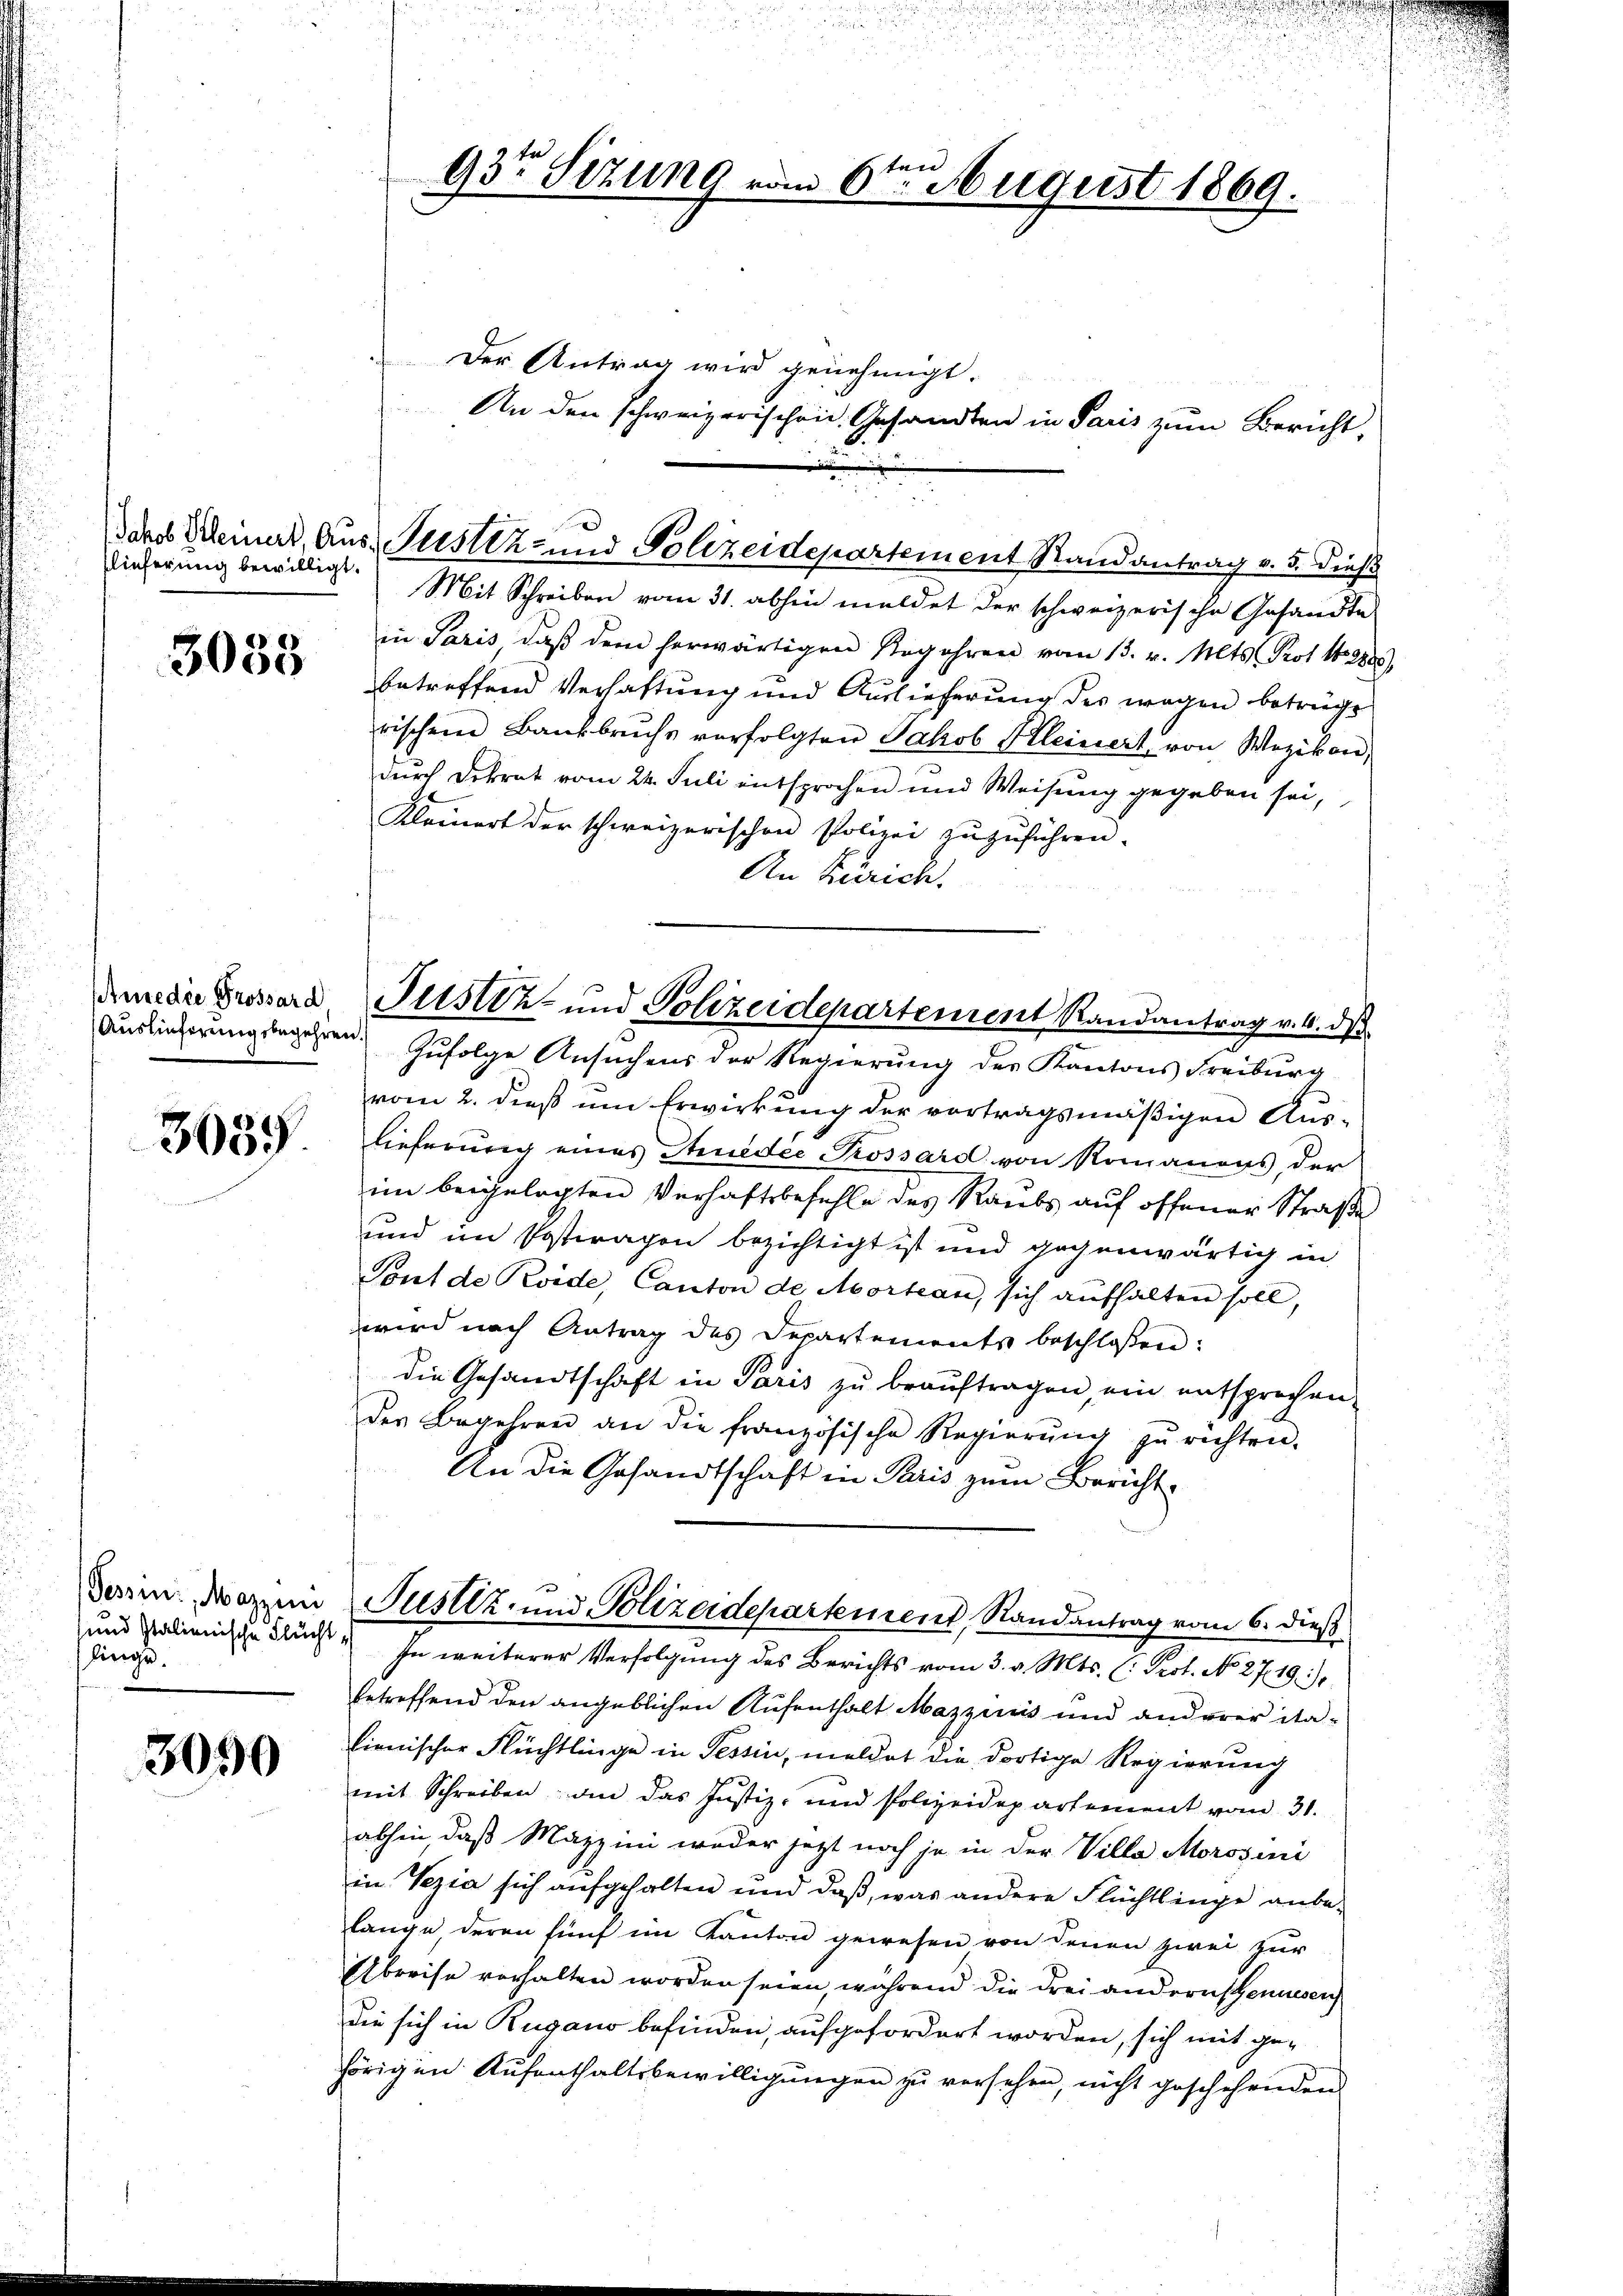
lieferung bewilligt.

3035

Anne die Grossard,
Auslieferungsbegehren.

3035

Tessin: Mazzim
linge.

3090

93te Sitzung ein

6te͇n ugust 1869.

Der Antrag wird genehmigt.
An den schweizerischen Gesandten in Paris zum Bericht,
Mit Schreiben vom 31. abhin meldet der schweizerische Gesandte
in Paris, daß dem herwärtigen Regehren vom 13. v. Mts. Prot. 1288),
betreffend Verhaftung und Auslieferung des wegen betrüge
rischen Bankbrŭchs vorfolgten Jakob Kleinert von Wezikon,
durch Dekret vom 24. Juli entsprochen und Weisung gegeben sei,
Kleinert der schweizerischen Polizei zŭzŭführen.
An Zürich.
Zufolge Ansuchens der Regierung der Kantons Freiburg
vom 2. dieβ ŭm Erwirkung der vortragsmäβigen Aŭs-
lieferung eines Thueder Prossard von Romanens, der
im beigelegten Verhaftsbefehle des Raubs auf offener Straße
und im Postwagen bezichtigt ist und gegenwärtig in
Tont de Koide, Canton de Mortean, sich aŭfhalten soll,
wird nach Antrag des Departements beschlossen:
die Gesandtschaft in Paris zu beauftragen, ein entsprochen
des Begehren an die französische Regierŭng zŭ richten.
An die Gesandtschaft in Paris zum Bericht-
Fustiz- und Polizeidepartement, Randantrag vom 6. dieß
und Salienische Flucht. In weiterer Verfolgung des Berichts vom 3. v. Mts. (: Prot. No. 2719.
betreffend den angeblichen Aufenthalt Mazzinis und anderer italienischer Flüchtlinge in Tessin, meldet die dortige Regierung
mit Schreiben den das Justiz- und Polizeidepartement vom 31.
abhin daß Mazzini weder jetzt noch je in der Villa Morosini
in Vezia sich aufgehalten und daß, was andere Flüchtlinge anbe-
lange, deren fünf im Kanton gewesen von denen zwei zur
Abreise verhalten worden seien, während die drei andernschensen
die sich in Rugano befinden, aufgefordert worden, sich mit gehörigen Aufenthaltsbewilligungen zu versehen, nicht geschehenden

ares Meinert, Aus- Justiz- und Polizeidepartement Randantrag v. 5. dieß

Justiz- und Polizeidepartement Randantrag v. 4. ds